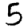
Digit: 5